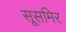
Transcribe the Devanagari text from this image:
सूसमिर